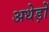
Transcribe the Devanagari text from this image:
अधेड़ों